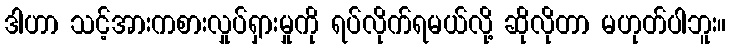
ဒါဟာ သင့်အားကစားလှုပ်ရှားမှုကို ရပ်လိုက်ရမယ်လို့ ဆိုလိုတာ မဟုတ်ပါဘူး။